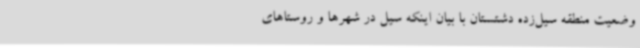
وضعیت منطقه سیل‌زده دشتستان با بیان اینکه سیل در شهرها و روستاهای